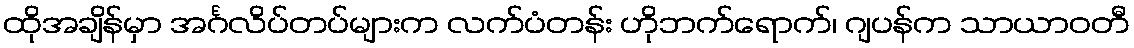
ထိုအချိန်မှာ အင်္ဂလိပ်တပ်များက လက်ပံတန်း ဟိုဘက်ရောက်၊ ဂျပန်က သာယာဝတီ